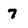
Character: 7